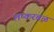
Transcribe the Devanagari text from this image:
लष्करबळ